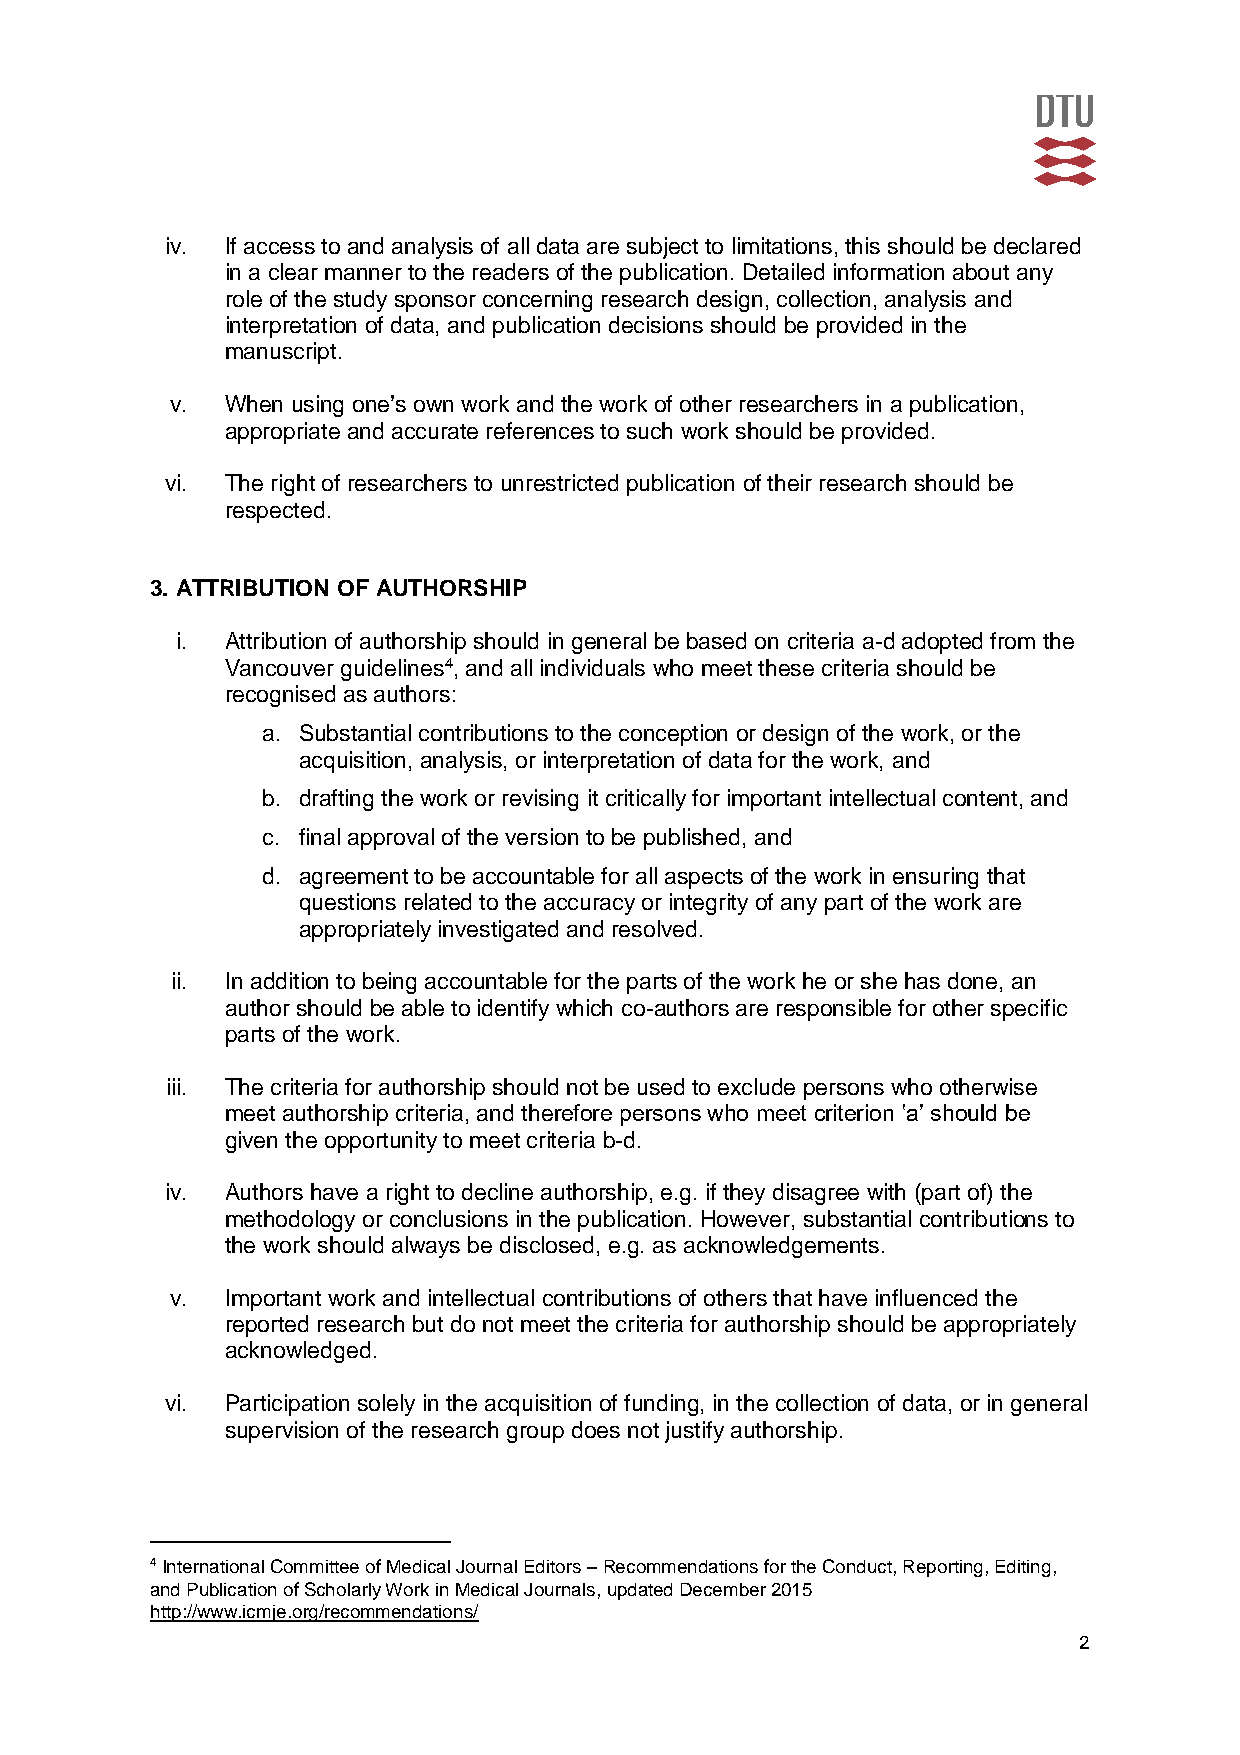
iv. If access to and analysis of all data are subject to limitations, this should be declared
 in a clear manner to the readers of the publication. Detailed information about any
 role of the study sponsor concerning research design, collection, analysis and
 interpretation of data, and publication decisions should be provided in the
 manuscript.
 v.  When using one’s own work and the work of other researchers in a publication,
 appropriate and accurate references to such work should be provided.
 vi. The right of researchers to unrestricted publication of their research should be
 respected.
 3. ATTRIBUTION OF AUTHORSHIP
 i. Attribution of authorship should in general be based on criteria a-d adopted from the
 Vancouver guidelines4, and all individuals who meet these criteria should be
 recognised as authors:
 a. Substantial contributions to the conception or design of the work, or the
 acquisition, analysis, or interpretation of data for the work, and
 b. drafting the work or revising it critically for important intellectual content, and
 c. final approval of the version to be published, and
 d. agreement to be accountable for all aspects of the work in ensuring that
 questions related to the accuracy or integrity of any part of the work are
 appropriately investigated and resolved.
 ii. In addition to being accountable for the parts of the work he or she has done, an
 author should be able to identify which co-authors are responsible for other specific
 parts of the work.
 iii. The criteria for authorship should not be used to exclude persons who otherwise
 meet authorship criteria, and therefore persons who meet criterion ʽa’ should be
 given the opportunity to meet criteria b-d.
 iv. Authors have a right to decline authorship, e.g. if they disagree with (part of) the
 methodology or conclusions in the publication. However, substantial contributions to
 the work should always be disclosed, e.g. as acknowledgements.
 v.  Important work and intellectual contributions of others that have influenced the
 reported research but do not meet the criteria for authorship should be appropriately
 acknowledged.
 vi. Participation solely in the acquisition of funding, in the collection of data, or in general
 supervision of the research group does not justify authorship.
 4 International Committee of Medical Journal Editors – Recommendations for the Conduct, Reporting, Editing,
 a n d P u b l i c a t i o n o f S c h o l a r l y W o r k i n Medical Journals, updated December 2015
 http://www.icmje.org/recommendations/
 2